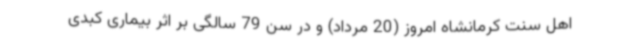
اهل سنت کرمانشاه امروز (20 مرداد) و در سن 79 سالگی بر اثر بیماری کبدی